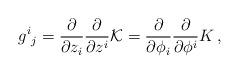
LaTeX: \begin{align*}g^i{}_j =\frac{\partial }{\partial z_i}\frac{\partial }{\partial z^i}{\cal K}=\frac{\partial }{\partial \phi _i}\frac{\partial }{\partial \phi ^i} K\,,\end{align*}